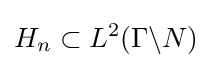
H_{n}\subset L^{2}(\Gamma \backslash N)